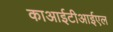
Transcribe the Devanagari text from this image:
काआईटीआईएल